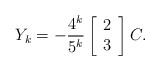
LaTeX: \begin{align*}Y_k=-\frac{4^k}{5^k}\left[\begin{array}{c}2\\3\end{array}\right]C.\end{align*}